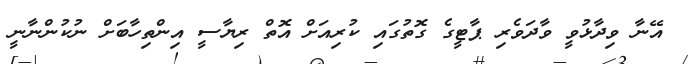
އޭނާ ވިދާޅުވީ ވާދަވެރި ޕާޓީގެ ގޮތުގައި ކުރިއަށް އޮތް ރިޔާސީ އިންތިހާބަށް ނުކުންނާނީ